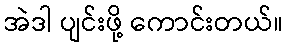
အဲဒါ ပျင်းဖို့ ကောင်းတယ်။